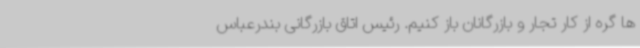
ها گره از کار تجار و بازرگانان باز کنیم. رئیس اتاق بازرگانی بندرعباس